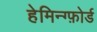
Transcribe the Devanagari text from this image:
हेमिन्ग्फ़ोर्ड